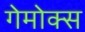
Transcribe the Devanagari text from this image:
गेमोक्स